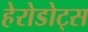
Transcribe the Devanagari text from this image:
हेरोडोट्स